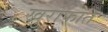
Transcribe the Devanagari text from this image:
खुराफात